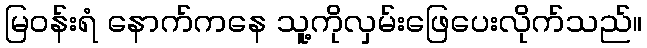
မြဝန်းရံ နောက်ကနေ သူ့ကိုလှမ်းဖြေပေးလိုက်သည်။